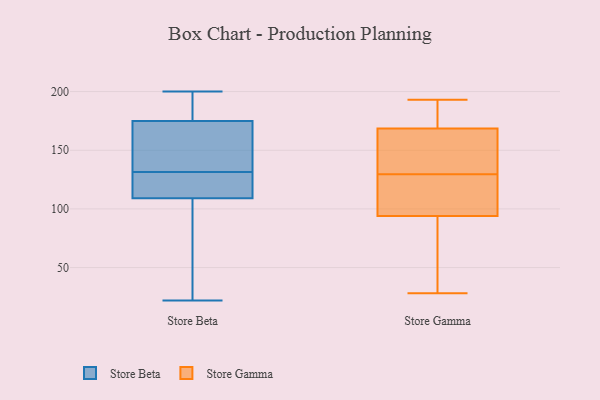
{"axis": {"x": "Shipments", "y": "Value"}, "legend": ["Store Beta", "Store Gamma"], "data": [{"x": "", "y": 135, "type": "Store Beta"}, {"x": "", "y": 171, "type": "Store Beta"}, {"x": "", "y": 129, "type": "Store Beta"}, {"x": "", "y": 193, "type": "Store Beta"}, {"x": "", "y": 129, "type": "Store Beta"}, {"x": "", "y": 110, "type": "Store Beta"}, {"x": "", "y": 175, "type": "Store Beta"}, {"x": "", "y": 134, "type": "Store Beta"}, {"x": "", "y": 72, "type": "Store Beta"}, {"x": "", "y": 119, "type": "Store Beta"}, {"x": "", "y": 200, "type": "Store Beta"}, {"x": "", "y": 193, "type": "Store Beta"}, {"x": "", "y": 109, "type": "Store Beta"}, {"x": "", "y": 59, "type": "Store Beta"}, {"x": "", "y": 181, "type": "Store Beta"}, {"x": "", "y": 75, "type": "Store Beta"}, {"x": "", "y": 146, "type": "Store Beta"}, {"x": "", "y": 22, "type": "Store Beta"}, {"x": "", "y": 111, "type": "Store Gamma"}, {"x": "", "y": 183, "type": "Store Gamma"}, {"x": "", "y": 119, "type": "Store Gamma"}, {"x": "", "y": 38, "type": "Store Gamma"}, {"x": "", "y": 189, "type": "Store Gamma"}, {"x": "", "y": 119, "type": "Store Gamma"}, {"x": "", "y": 140, "type": "Store Gamma"}, {"x": "", "y": 154, "type": "Store Gamma"}, {"x": "", "y": 153, "type": "Store Gamma"}, {"x": "", "y": 77, "type": "Store Gamma"}, {"x": "", "y": 193, "type": "Store Gamma"}, {"x": "", "y": 28, "type": "Store Gamma"}]}